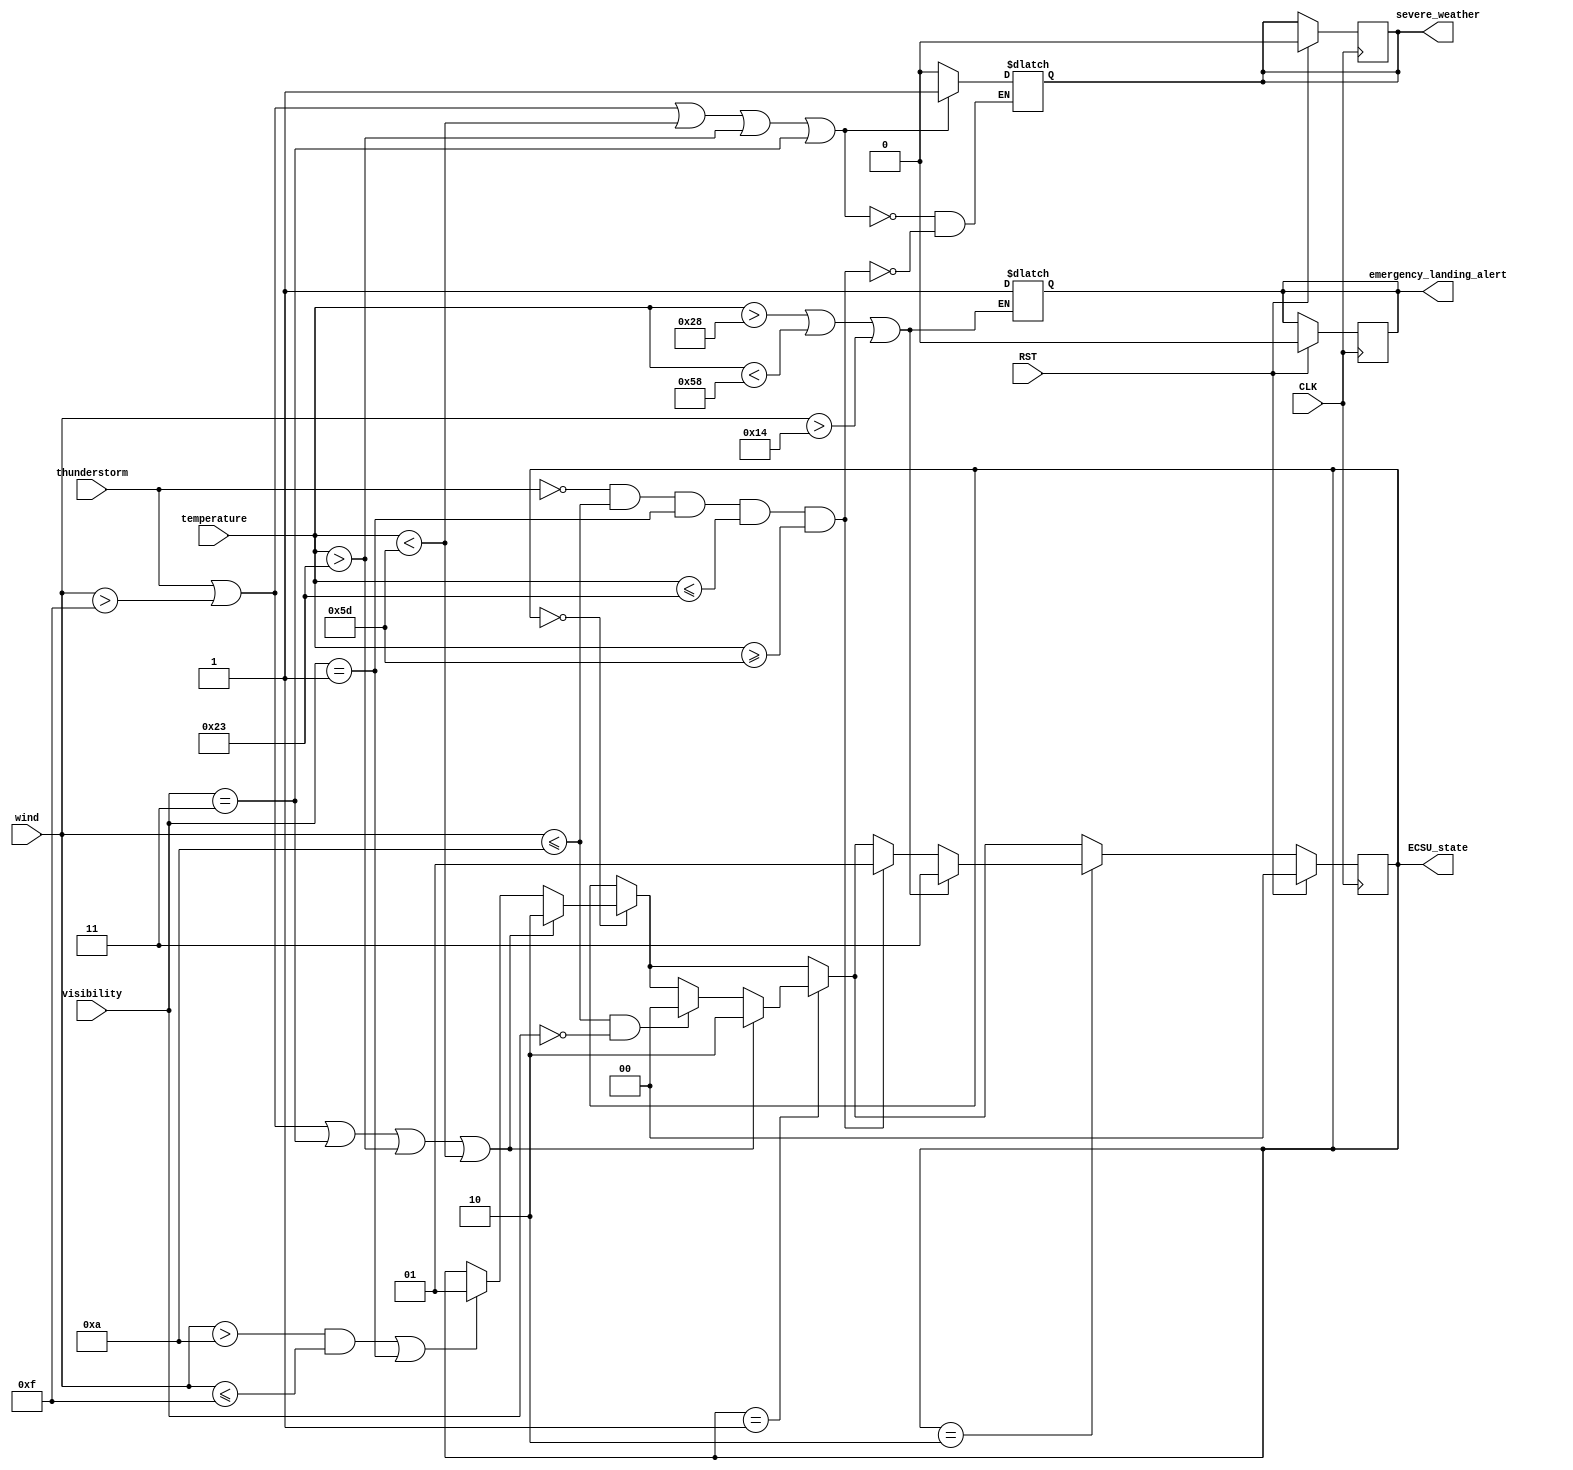
`timescale 1us / 1ps

module ECSU(
    input CLK,
    input RST,
    input thunderstorm,
    input [5:0] wind,
    input [1:0] visibility,
    input signed [7:0] temperature,
    output reg severe_weather,
    output reg emergency_landing_alert,
    output reg [1:0] ECSU_state
);

initial begin
    
    ECSU_state <= 2'b00;
    severe_weather <= 1'b0;
    emergency_landing_alert <= 1'b0;
end

always @(posedge CLK) begin
        
    if (RST == 1'b1) begin 
        
        ECSU_state <= 2'b00;
        severe_weather <= 1'b0;
        emergency_landing_alert <= 1'b0;
    end
    else begin
        
            if (ECSU_state == 2'b00) begin 

                if ( (wind > 10 && wind <= 15) || visibility == 2'b01) begin 

                    ECSU_state <= 2'b01;
                end

                if (thunderstorm == 1'b1 || (wind > 15) || visibility == 2'b11 || temperature > 35 || temperature < -35) begin 

                    ECSU_state <= 2'b10;
                end
            end
            if (ECSU_state == 2'b01) begin 
                
                if (wind <= 10 && visibility == 2'b00) ECSU_state <= 2'b00;

                if (thunderstorm == 1'b1 || (wind > 15) || visibility == 2'b11 || temperature > 35 || temperature < -35) begin 

                    ECSU_state <= 2'b10;
                end
            end
            if (ECSU_state == 2'b10) begin 
                
                if (thunderstorm == 1'b0 && wind <= 10 && visibility == 2'b01 && temperature <= 35 && temperature >= -35) begin 

                    ECSU_state <= 2'b01;
                end

                if (temperature > 40 || temperature <-40 || wind > 20) begin 

                    ECSU_state <= 2'b11;
                end
            end
    end
end

always @(*) begin 

    if (thunderstorm == 1'b1 || wind > 15 || temperature < -35 || temperature > 35 || visibility == 2'b11)
        severe_weather <= 1'b1;
    else if (thunderstorm == 1'b0 && wind <= 10 && visibility == 2'b01 && temperature <= 35 && temperature >= -35) severe_weather <= 1'b0;

    if (temperature > 40 || temperature < -40 || wind > 20) emergency_landing_alert <= 1'b1;
end

endmodule